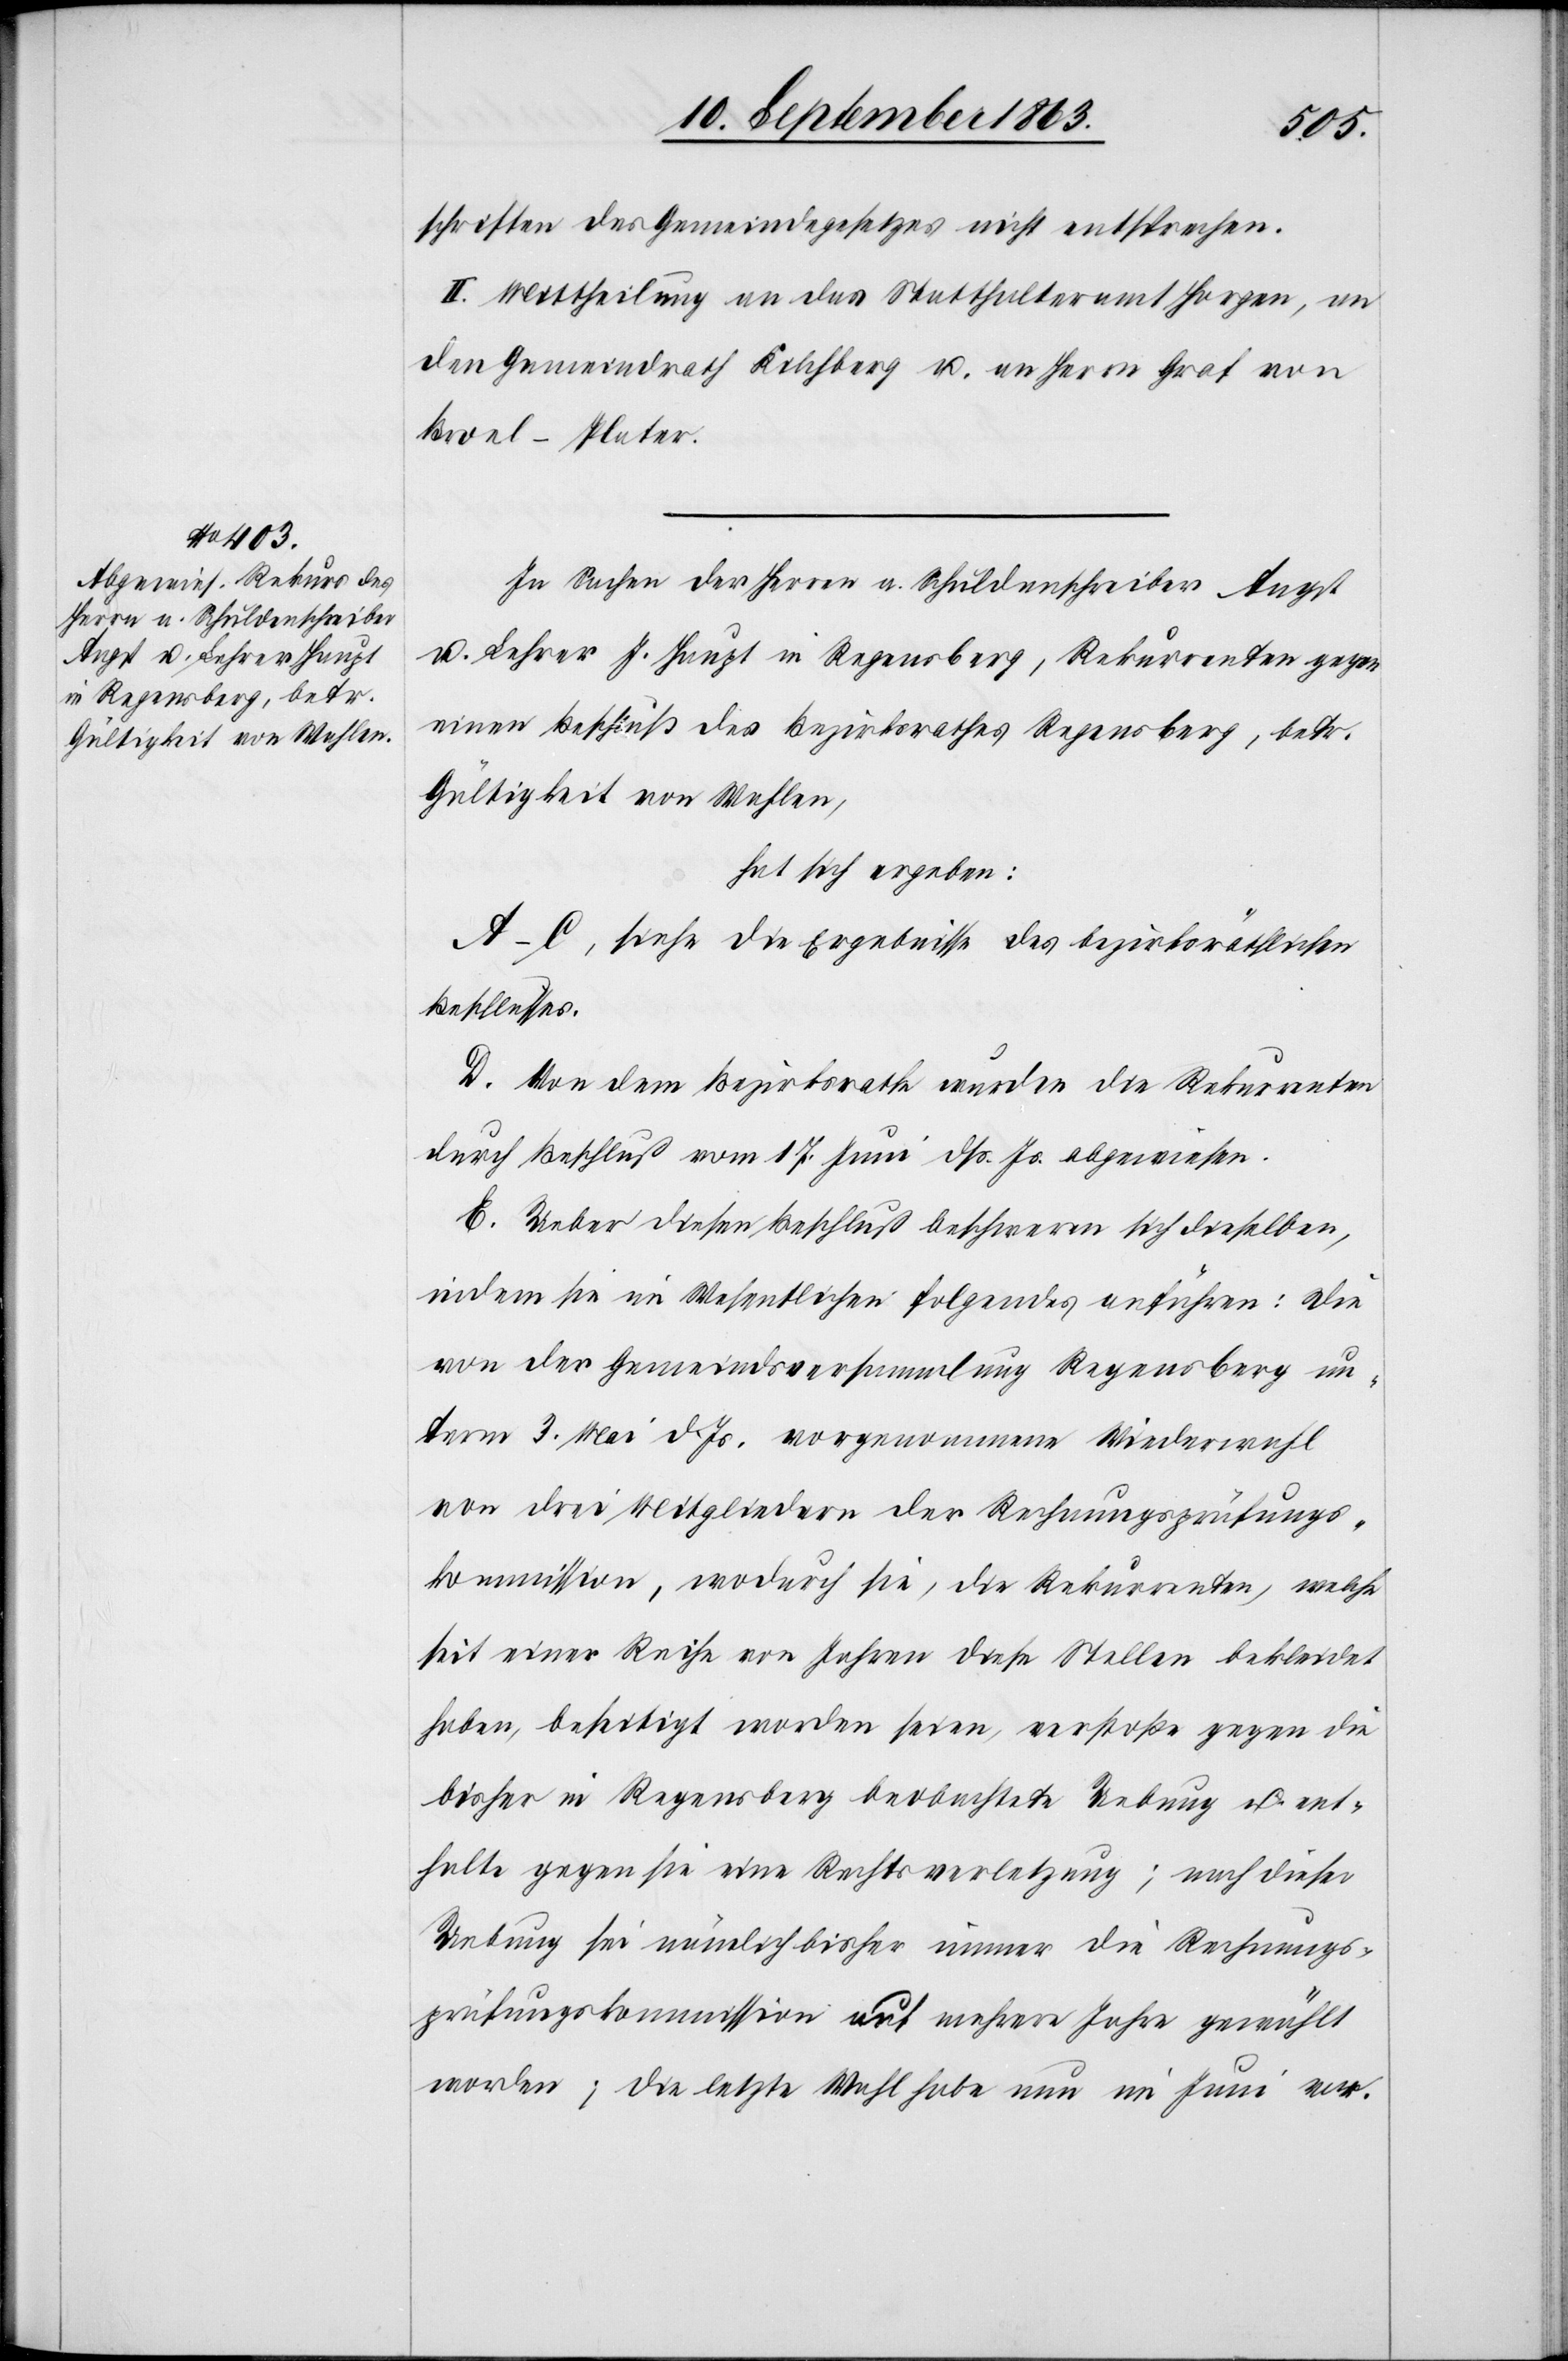
schriften des Gemeindegesetzes nicht entsprechen.
II. Mittheilung an das Statthalteramt Horgen, an
den Gemeindrath Kilchberg u. an Herrn Graf von
Broel-Plater.
In Sachen der Herren a. Schuldenschreiber Angst
u. Lehrer J. Haupt in Regensberg, Rekurrenten gegen
einen Beschluß des Bezirksrathes Regensberg, betr.
Gültigkeit von Wahlen,
hat sich ergeben:
A–C, siehe die Ergebnisse des bezirksräthlichen
Beschlusses.
D. Von dem Bezirksrathe wurden die Rekurrenten
durch Beschluß vom 17. Juni dß. Js. abgewiesen.
E. Ueber diesen Beschluß beschweren sich dieselben,
indem sie im Wesentlichen folgendes anführen: Die
von der Gemeindsversammlung Regensberg un¬
term 3. Mai d. Js. vorgenommene Wiederwahl
von drei Mitgliedern der Rechnungsprüfungs¬
kommission, wodurch sie, die Rekurrenten, welche
seit einer Reihe von Jahren diese Stellen bekleidet
haben, beseitigt worden seien, verstoße gegen die
bisher in Regensberg beobachtete Uebung u. ent¬
halte gegen sie eine Rechtsverletzung; nach dieser
Uebung sei nämlich bisher immer die Rechnungs¬
prüfungskommission auf mehrere Jahre gewählt
worden; die letzte Wahl habe nun im Juni vor.